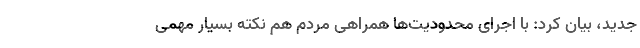
جدید، بیان کرد: با اجرای محدودیت‌ها همراهی مردم هم نکته بسیار مهمی